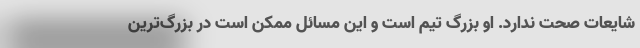
شایعات صحت ندارد. او بزرگ تیم است و این مسائل ممکن است در بزرگ‌ترین